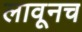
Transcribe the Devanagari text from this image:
लावूनच